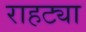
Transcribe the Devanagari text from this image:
राहट्या